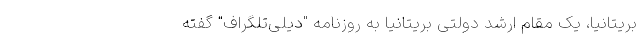
بریتانیا، یک مقام ارشد دولتی بریتانیا به روزنامه "دیلی‌تلگراف" گفته